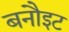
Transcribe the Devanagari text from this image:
बनौइट